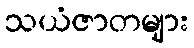
သယံဇာတများ